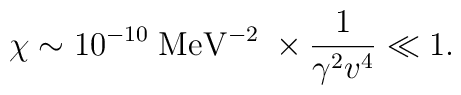
\chi \sim 10^{-10}\;{\mathrm{MeV}}^{-2}\;\times {1\over \gamma^2 v^4} \ll 1.